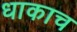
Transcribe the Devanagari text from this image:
धाकाच